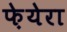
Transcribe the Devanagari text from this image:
फ़ेयेरा